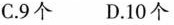
C.9个 D.10个